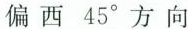
偏西45^{\circ}方向